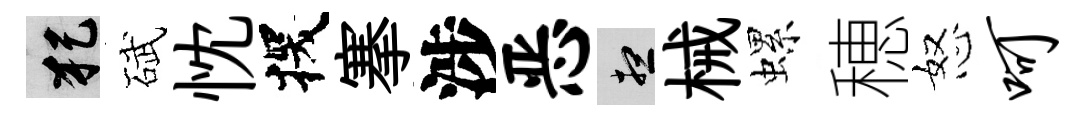
犯碔忱探搴涉恶想械螺穂怒呵